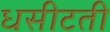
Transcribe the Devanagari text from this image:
धसीटती